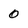
Character: 0